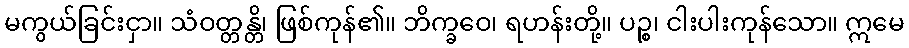
မကွယ်ခြင်းငှာ။ သံဝတ္တန္တိ၊ ဖြစ်ကုန်၏။ ဘိက္ခဝေ၊ ရဟန်းတို့။ ပဉ္စ၊ ငါးပါးကုန်သော။ ဣမေ